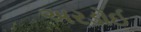
અરડોઈ